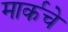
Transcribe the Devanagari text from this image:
मार्कचे